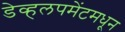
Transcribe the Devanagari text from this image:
डेव्हलपमेंटमधून